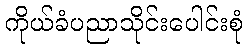
ကိုယ်ခံပညာသိုင်းပေါင်းစုံ